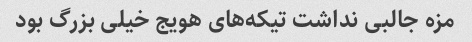
مزه جالبی نداشت تیکه‌های هویج خیلی بزرگ بود